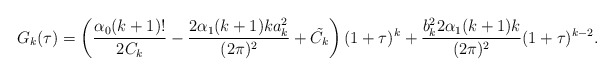
\begin{align*}G_{k}(\tau)=\left(\frac{\alpha_{0}(k+1)!}{2C_{k}}-\frac{2\alpha_{1}(k+1)ka_{k}^{2}}{(2\pi)^{2}}+\tilde{C_{k}}\right)(1+\tau)^{k}+\frac{b_{k}^{2}2\alpha_{1}(k+1)k}{(2\pi)^{2}}(1+\tau)^{k-2}.\end{align*}